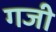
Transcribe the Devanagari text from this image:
गजी